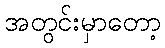
အတွင်းမှာတော့